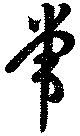
常